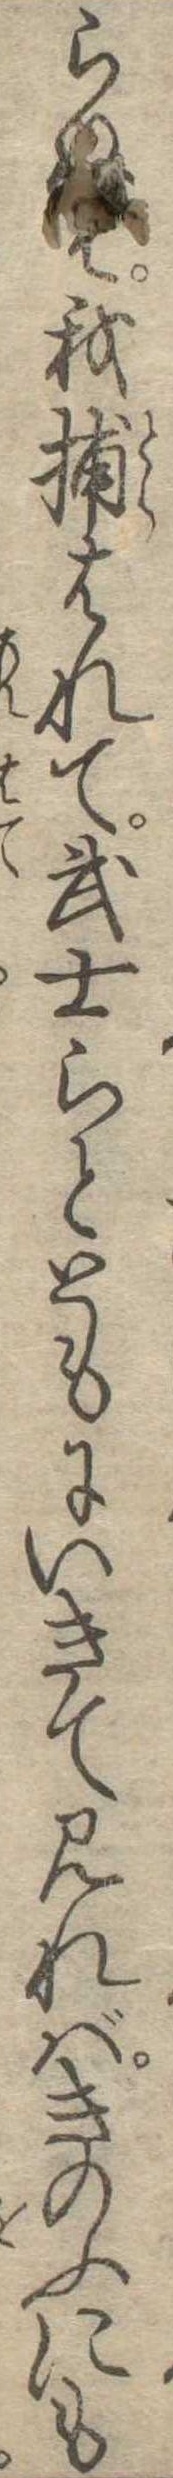
らぬは我捕はれて武士らとともにいきて見ればきのふにも